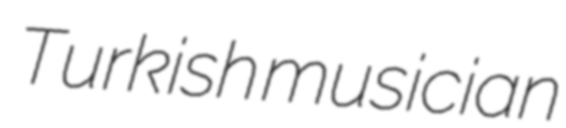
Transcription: Turkish musician